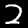
Digit: 2